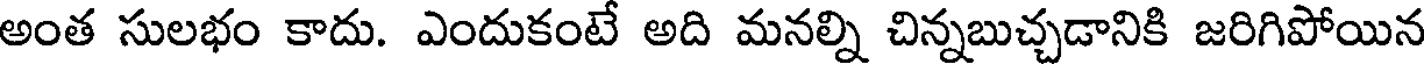
అంత సులభం కాదు. ఎందుకంటే అది మనల్ని చిన్నబుచ్చడానికి జరిగిపోయిన